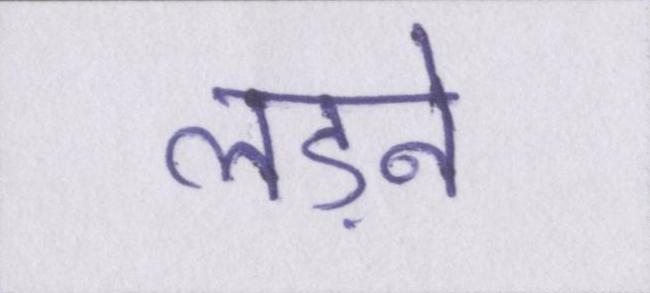
लड़ने